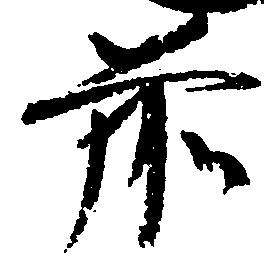
前